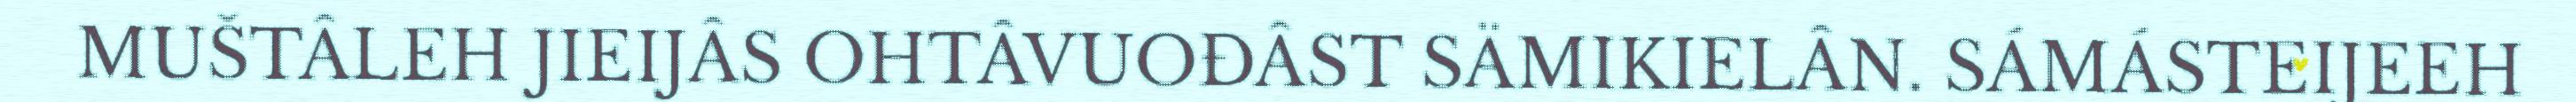
MUŠTÂLEH JIEIJÂS OHTÂVUOĐÂST SÄMIKIELÂN. SÁMÁSTEIJEEH